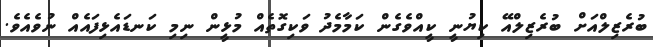
ބުރެޒިލްއަށް ބުރެޒިލްއޭ ކިޔުނީ ކީއްވެގެން ކަމާމެދު ވަކިގޮތެއް މުޅީން ނިމި ކަނޑައެޅިފައެއް ނުވެއެވެ.